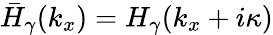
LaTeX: \bar{H}_{\gamma}(k_{x})=H_{\gamma}(k_{x}+i\kappa)